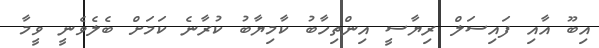
އިބޫ އާއި ފައިސަލް ރިޔާސީ އިންތިހާބު ކާމިޔާބު ކުރާނެ ކަމަށް ބެލެވެނީ ވީމާ